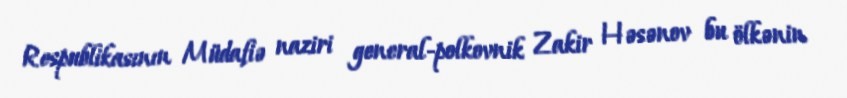
Respublikasının Müdafiə naziri general-polkovnik Zakir Həsənov bu ölkənin